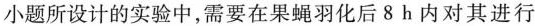
小题所设计的实验中，需要在果蝇羽化后8h内对其进行